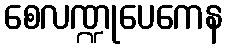
စေလဏ္ဍုပေကေန